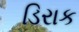
ડિરાક